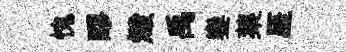
愧醪燬禹鑾蕖厓